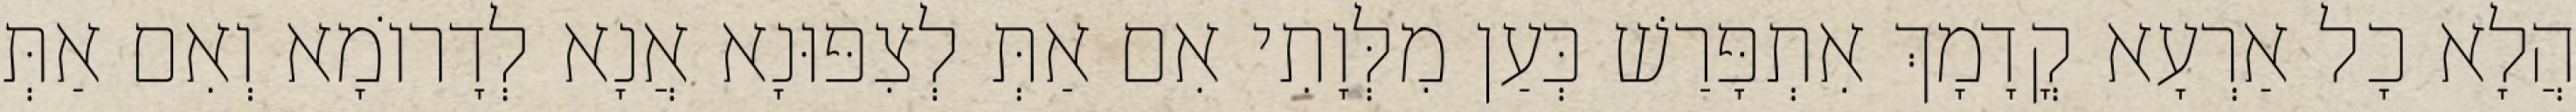
הֲלָא כָל אַרְעָא קֳדָמָךְ אִתְפָּרַשׁ כְּעַן מִלְּוָתִי אִם אַתְּ לְצִפּוּנָא אֲנָא לְדָרוֹמָא וְאִם אַתְּ